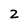
Character: 2